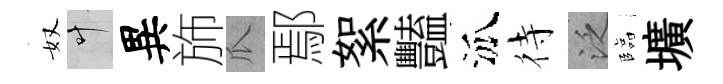
奴叶異斾瓜鄢絮豔泒待泛臨壙